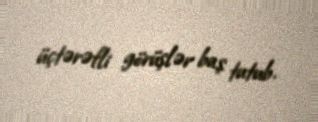
üçtərəfli görüşlər baş tutub.